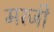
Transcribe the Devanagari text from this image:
मरजी